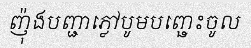
ញ៉ុងបញ្ជាភ្លៅបូមបញ្ឆេះចូល